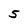
Character: 5